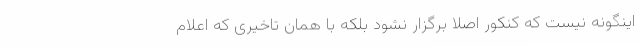
اینگونه نیست که کنکور اصلا برگزار نشود بلکه با همان تاخیری که اعلام